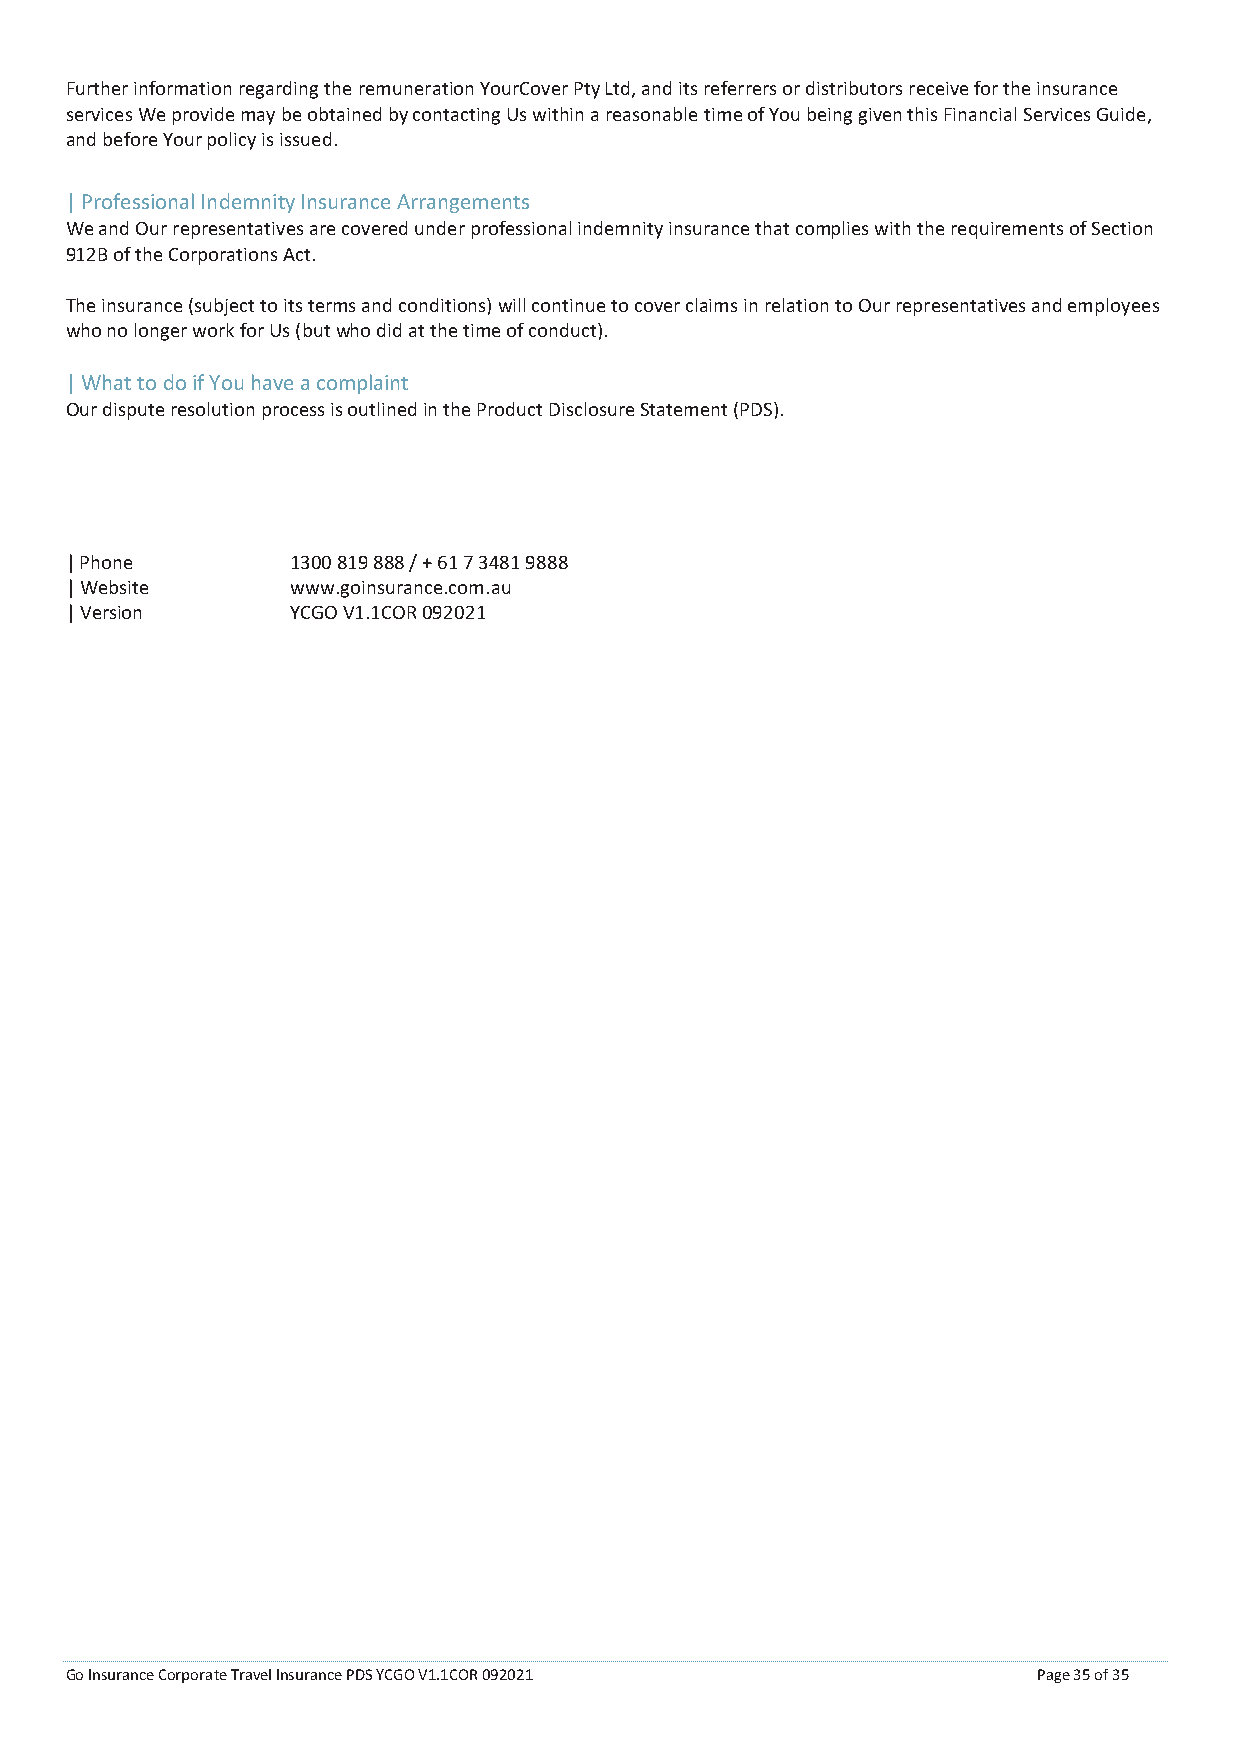
Further information regarding the remuneration YourCover Pty Ltd, and its referrers or distributors receive for the insurance
 services We provide may be obtained by contacting Us within a reasonable time of You being given this Financial Services Guide,
 and before Your policy is issued.
 | Professional Indemnity Insurance Arrangements
 We and Our representatives are covered under professional indemnity insurance that complies with the requirements of Section
 912B of the Corporations Act.
 The insurance (subject to its terms and conditions) will continue to cover claims in relation to Our representatives and employees
 who no longer work for Us (but who did at the time of conduct).
 | What to do if You have a complaint
 Our dispute resolution process is outlined in the Product Disclosure Statement (PDS).
 | Phone        1300 819 888 / + 61 7 3481 9888
 | Website      www.goinsurance.com.au
 | Version      YCGO V1.1COR 092021
 Go Insurance Corporate Travel Insurance PDS YCGO V1.1COR 092021  Page 35 of 35